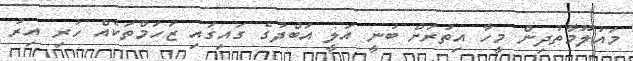
މައުލޫމާތުދިން މީހާ އިތުރަށް ބުނީ އަލީ އަބްދުގެ ގައިގައި ޒަހަމްތަކެއް ހުރި އިރު